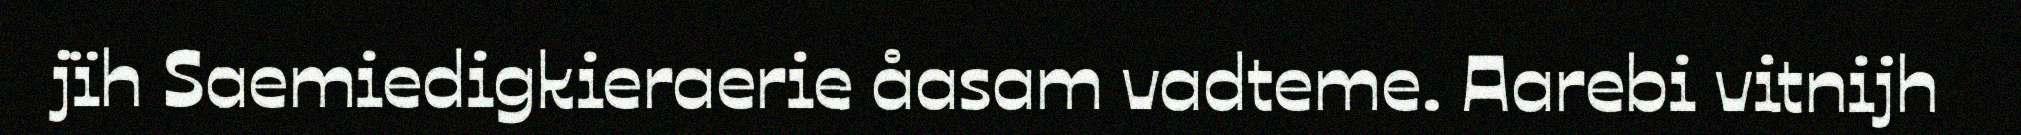
jïh Saemiedigkieraerie åasam vadteme. Aarebi vitnijh